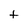
Character: t